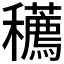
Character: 𥤆